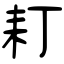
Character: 耓